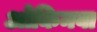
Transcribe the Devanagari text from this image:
ओकिनवा